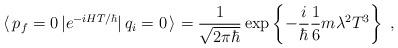
LaTeX: \begin{align*}\langle \, p_f = 0 \, | e^{- i H T / \hbar} | \, q_i = 0 \, \rangle= \frac{1}{ \sqrt{ 2 \pi \hbar } } \exp \left \{ - \frac{i}{ \hbar }\frac{1}{6} m \lambda^2 T^3 \right \} \; ,\end{align*}